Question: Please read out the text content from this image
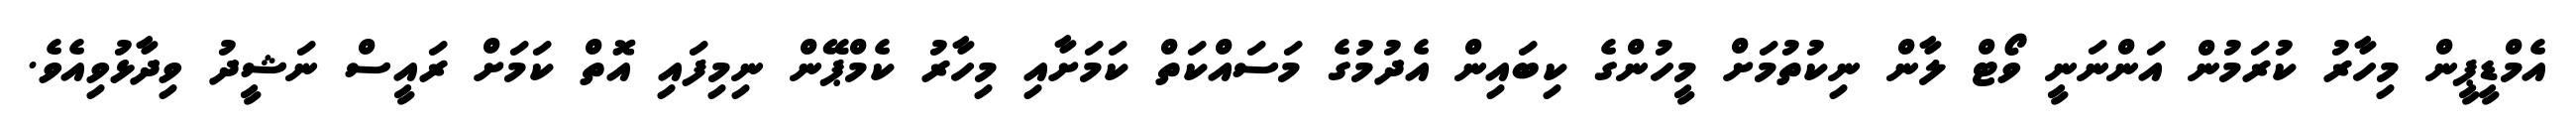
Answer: އެމްޑީޕީން މިހާރު ކުރަމުން އަންނަނީ ވޯޓް ލާން ނިކުތުމަށް މީހުންގެ ކިބައިން އެދުމުގެ މަސައްކަތް ކަމަށާއި މިހާރު ކެމްޕޭން ނިމިފައި އޮތް ކަމަށް ރައީސް ނަޝީދު ވިދާޅުވިއެވެ.